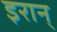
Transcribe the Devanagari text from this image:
इरान्